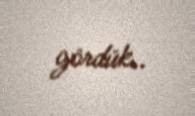
gördük..